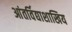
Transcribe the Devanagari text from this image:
आंतर्विद्याशाखिय